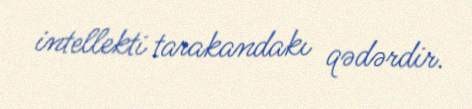
intellekti tarakandakı qədərdir.